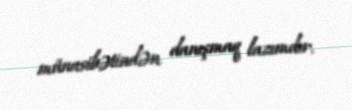
münasibətindən danışmaq lazımdır.